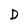
Character: D